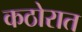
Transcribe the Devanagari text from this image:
कठोरात